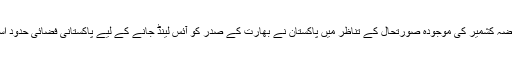
خیال رہے کہ گزشتہ دنوں مقبوضہ کشمیر کی موجودہ صورتحال کے تناظر میں پاکستان نے بھارت کے صدر کو آئس لینڈ جانے کے لیے پاکستانی فضائی حدود استعمال کرنے سے روک دیا تھا۔